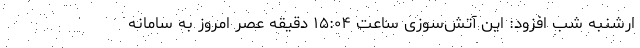
ارشنبه شب افزود: این آتش‌سوزی ساعت ۱۵:۰۴ دقیقه عصر امروز به سامانه